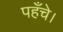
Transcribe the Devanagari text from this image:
पहँचे।